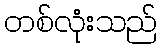
တစ်လုံးသည်